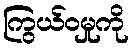
ကြွယ်ဝမှုကို